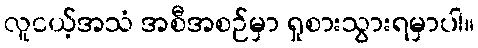
လူငယ့်အသံ အစီအစဉ်မှာ ရှုစားသွားရမှာပါ။